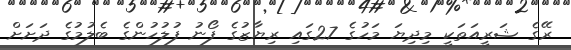
ރޭގެ ޝަރީއަތަކީ މިދިޔަ މަހުގެ 27ގައި ރިޔާޒުގެ ފޯނު ފުލުހުންގެ ބެލުމުގެ ދަށަަށް